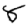
Digit: 8